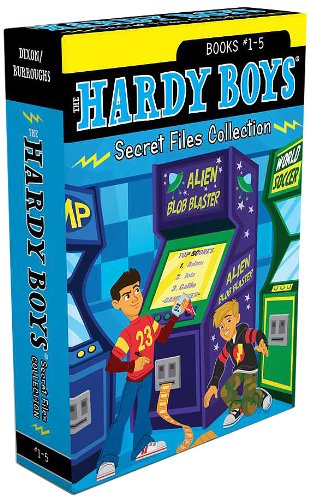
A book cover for The Hardy Boys Secret Files Collection Books 1-5: Trouble at the Arcade; The Missing Mitt; Mystery Map; Hopping Mad; A Monster of a Mystery (Hardy Boys: The Secret Files); Franklin W. Dixon; Children's Books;